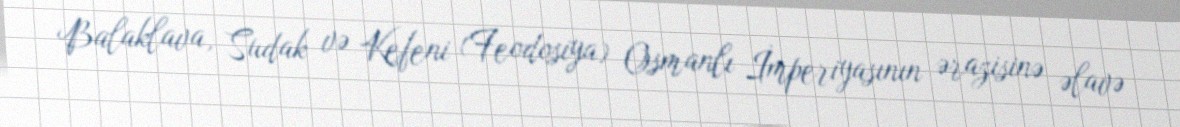
Balaklava, Sudak və Kefeni (Feodosiya) Osmanlı İmperiyasının ərazisinə əlavə